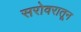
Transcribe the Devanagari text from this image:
सरोवरातून